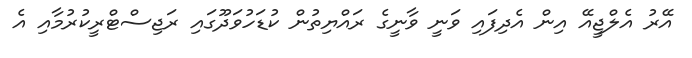
އޭރު އެލްޖީއޭ އިން އެދިފައި ވަނީ ވާނީގެ ރައްޔިތުން ކުޑަހުވަދޫގައި ރަޖިސްޓްރީކުރުމާއި އެ